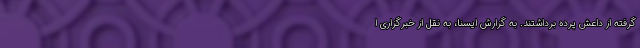
گرفته از داعش پرده برداشتند. به گزارش ایسنا، به نقل از خبرگزاری ا